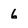
Character: 6